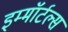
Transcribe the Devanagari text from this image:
इम्मॉर्टल्स